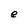
Character: e